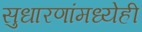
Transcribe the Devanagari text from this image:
सुधारणांमध्येही